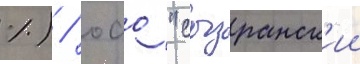
%) / оао "сызранск'ии